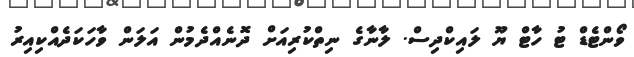
ވޯންޓެޑް ޓު ހާޓް ޔޫ ލައިކްދިސް. ލާނާގެ ނިތްކުރިއަށް ދޮނެއްދެމުން އަލަން ވާހަކަދެއްކިއިރު